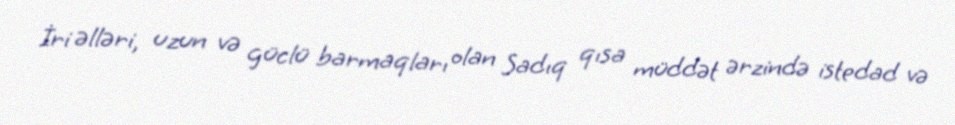
İri əlləri, uzun və güclü barmaqları olan Sadıq qısa müddət ərzində istedad və